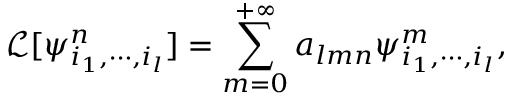
\mathcal { L } [ \psi _ { i _ { 1 } , \cdots , i _ { l } } ^ { n } ] = \sum _ { m = 0 } ^ { + \infty } a _ { l m n } \psi _ { i _ { 1 } , \cdots , i _ { l } } ^ { m } ,